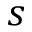
s